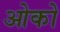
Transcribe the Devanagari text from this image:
ओको